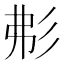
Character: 𢒍